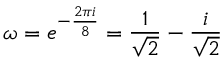
\omega = e ^ { - { \frac { 2 \pi i } { 8 } } } = { \frac { 1 } { \sqrt { 2 } } } - { \frac { i } { \sqrt { 2 } } }